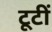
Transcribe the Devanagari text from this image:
टूटीं